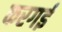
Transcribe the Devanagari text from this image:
करगई